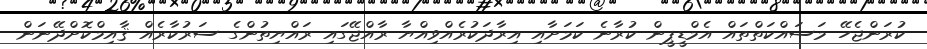
ކުރަންޖެހޭ މަސައްކަތްތައް އެމްޑީޕީން ކުރާނެ ކަމަށާއި އިރާދަކުރެއްވިއްޔާ ރާއްޖޭގައި ރައްޔިތުންގެ ސަރުކާރެއް ޤާއިމްކޮށްދޭނަން